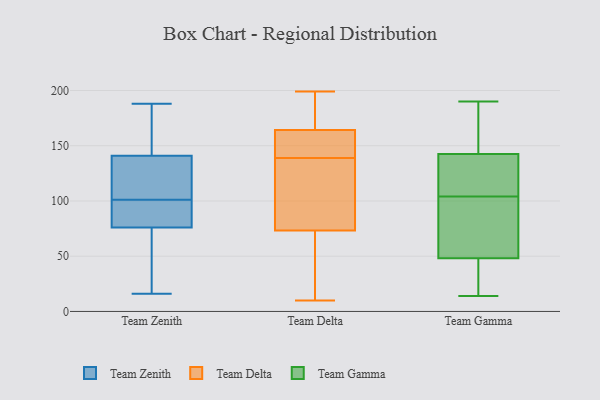
{"axis": {"x": "Page Views", "y": "Value"}, "legend": ["Team Delta", "Team Gamma", "Team Zenith"], "data": [{"x": "", "y": 153, "type": "Team Zenith"}, {"x": "", "y": 80, "type": "Team Zenith"}, {"x": "", "y": 16, "type": "Team Zenith"}, {"x": "", "y": 76, "type": "Team Zenith"}, {"x": "", "y": 105, "type": "Team Zenith"}, {"x": "", "y": 145, "type": "Team Zenith"}, {"x": "", "y": 114, "type": "Team Zenith"}, {"x": "", "y": 188, "type": "Team Zenith"}, {"x": "", "y": 97, "type": "Team Zenith"}, {"x": "", "y": 20, "type": "Team Zenith"}, {"x": "", "y": 141, "type": "Team Zenith"}, {"x": "", "y": 80, "type": "Team Zenith"}, {"x": "", "y": 50, "type": "Team Zenith"}, {"x": "", "y": 112, "type": "Team Zenith"}, {"x": "", "y": 183, "type": "Team Delta"}, {"x": "", "y": 10, "type": "Team Delta"}, {"x": "", "y": 57, "type": "Team Delta"}, {"x": "", "y": 158, "type": "Team Delta"}, {"x": "", "y": 199, "type": "Team Delta"}, {"x": "", "y": 139, "type": "Team Delta"}, {"x": "", "y": 101, "type": "Team Delta"}, {"x": "", "y": 33, "type": "Team Delta"}, {"x": "", "y": 156, "type": "Team Delta"}, {"x": "", "y": 153, "type": "Team Delta"}, {"x": "", "y": 195, "type": "Team Delta"}, {"x": "", "y": 126, "type": "Team Delta"}, {"x": "", "y": 151, "type": "Team Delta"}, {"x": "", "y": 199, "type": "Team Delta"}, {"x": "", "y": 112, "type": "Team Delta"}, {"x": "", "y": 65, "type": "Team Delta"}, {"x": "", "y": 76, "type": "Team Delta"}, {"x": "", "y": 14, "type": "Team Gamma"}, {"x": "", "y": 156, "type": "Team Gamma"}, {"x": "", "y": 104, "type": "Team Gamma"}, {"x": "", "y": 165, "type": "Team Gamma"}, {"x": "", "y": 190, "type": "Team Gamma"}, {"x": "", "y": 110, "type": "Team Gamma"}, {"x": "", "y": 111, "type": "Team Gamma"}, {"x": "", "y": 17, "type": "Team Gamma"}, {"x": "", "y": 41, "type": "Team Gamma"}, {"x": "", "y": 164, "type": "Team Gamma"}, {"x": "", "y": 138, "type": "Team Gamma"}, {"x": "", "y": 86, "type": "Team Gamma"}, {"x": "", "y": 75, "type": "Team Gamma"}, {"x": "", "y": 88, "type": "Team Gamma"}, {"x": "", "y": 133, "type": "Team Gamma"}, {"x": "", "y": 46, "type": "Team Gamma"}, {"x": "", "y": 49, "type": "Team Gamma"}]}